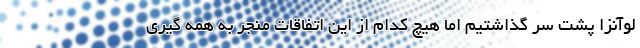
لوآنزا پشت سر گذاشتیم اما هیچ کدام از این اتفاقات منجر به همه گیری